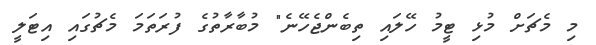
މި މެޗަށް މުޅި ޓީމު ހޭލައި ތިބެންޖެހޭނެ" މުބާރާތުގެ ފުރަތަމަ މެޗުގައި އިޓަލީ